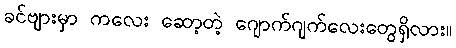
ခင်ဗျားမှာ ကလေး ဆော့တဲ့ ဂျောက်ဂျက်လေးတွေရှိလား။